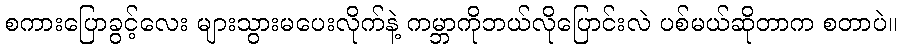
စကားပြောခွင့်လေး များသွားမပေးလိုက်နဲ့ ကမ္ဘာကိုဘယ်လိုပြောင်းလဲ ပစ်မယ်ဆိုတာက စတာပဲ။